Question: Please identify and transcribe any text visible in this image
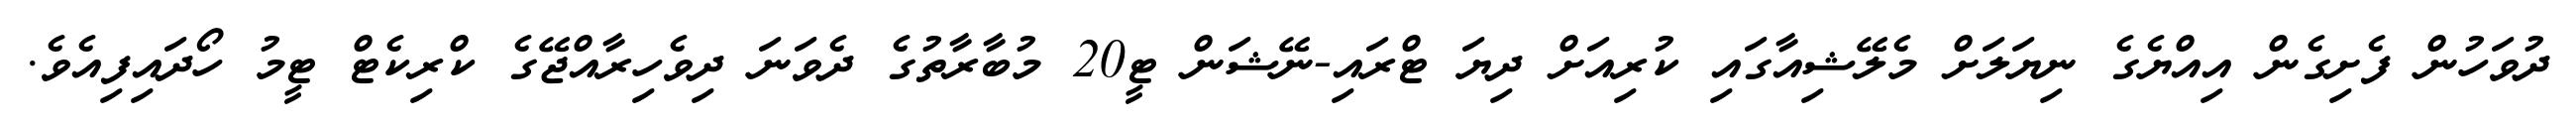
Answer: ދުވަހުން ފެށިގެން އިއްޔެގެ ނިޔަލަށް މެލޭޝިއާގައި ކުރިއަށް ދިޔަ ޓްރައި-ނޭޝަން ޓީ20 މުބާރާތުގެ ދެވަނަ ދިވެހިރާއްޖޭގެ ކްރިކެޓް ޓީމު ހޯދައިފިއެވެ.